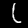
Label: 1